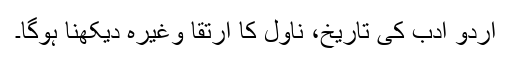
اردو ادب کی تاریخ، ناول کا ارتقا وغیرہ دیکھنا ہوگا۔